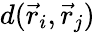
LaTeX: d(\vec{r}_{i},\vec{r}_{j})